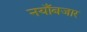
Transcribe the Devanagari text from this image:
नयाँबजार